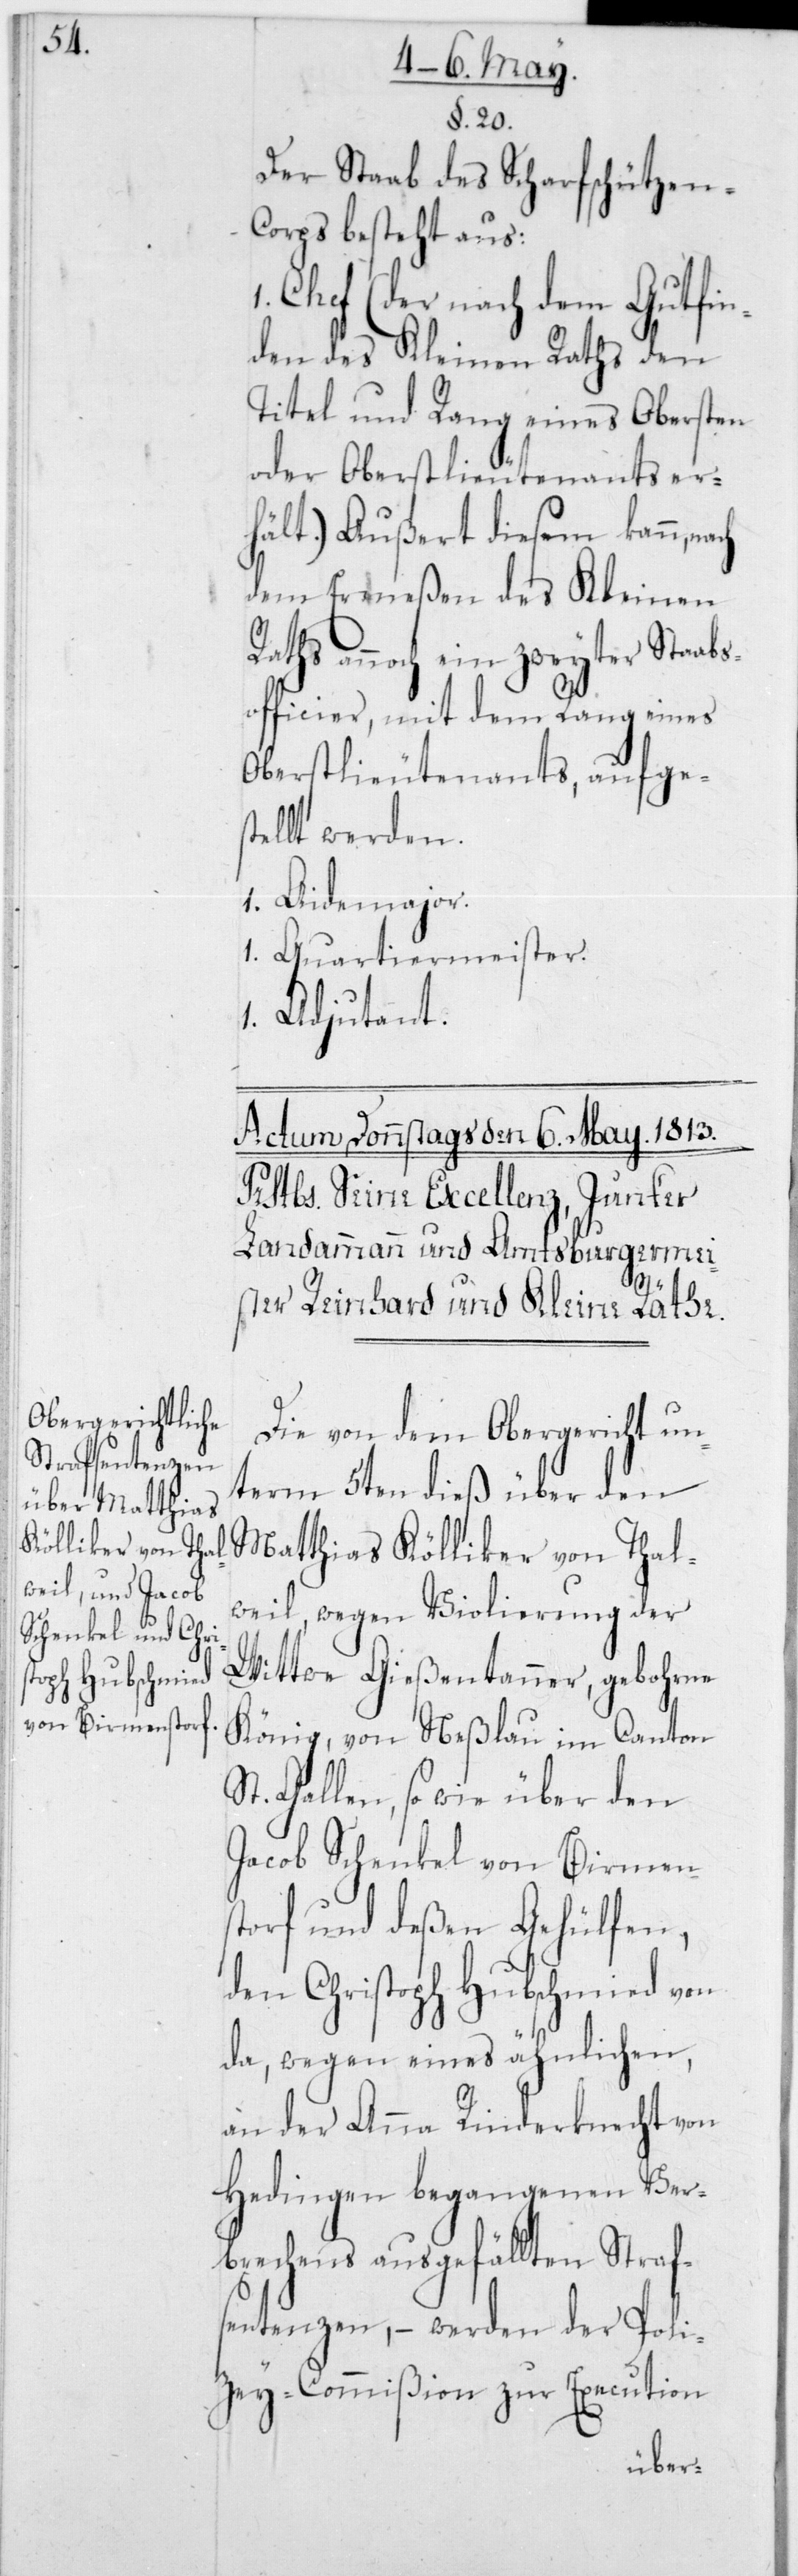
§ 20
Der Staab des Scharfschütze¬
n-Corps besteht aus:
1 Chef (der nach dem Gutfin¬
den des Kleinen Raths den
Titel und Rang eines Obersten
oder Oberstlieutenant er¬
hält). Außert diesem kann,
dem Ermeßen des Kleinen
Raths annoch ein zweyter Staabs¬
officier, mit dem Rang eines
Oberstlieutenants, aufges¬
tellt werden.
1 Aidemajor.
1 Quartiermeister.
1. Adjudant.
Die von dem Obergericht un¬
term 5ten dieß über den
Matthias Kölliker von Thal¬
weil, wegen Violierung der
Wittwe Gießentanner, gebohrne
König, von Neßlau im Canton
St. Gallen, so wie über den
Jacob Schenkel von Birmen¬
storf und deßen Gehülfen,
den Christoph Hubschmied von
da, wegen eines ähnlichen,
an der Anna Rinderknecht von
Hedingen begangenen Ver¬
brechens ausgefällten Straf¬
sentenzen, – werden der Poli¬
zey-Commißion zur Execution